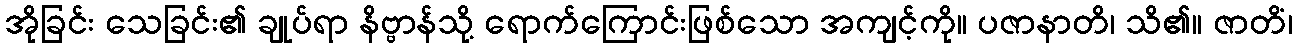
အိုခြင်း သေခြင်း၏ ချုပ်ရာ နိဗ္ဗာန်သို့ ရောက်ကြောင်းဖြစ်သော အကျင့်ကို။ ပဇာနာတိ၊ သိ၏။ ဇာတိံ၊